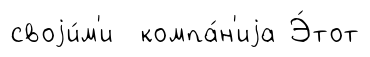
своjи́м'и компа́н'иjа Э́тот